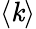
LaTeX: \langle\mathit{k}\rangle